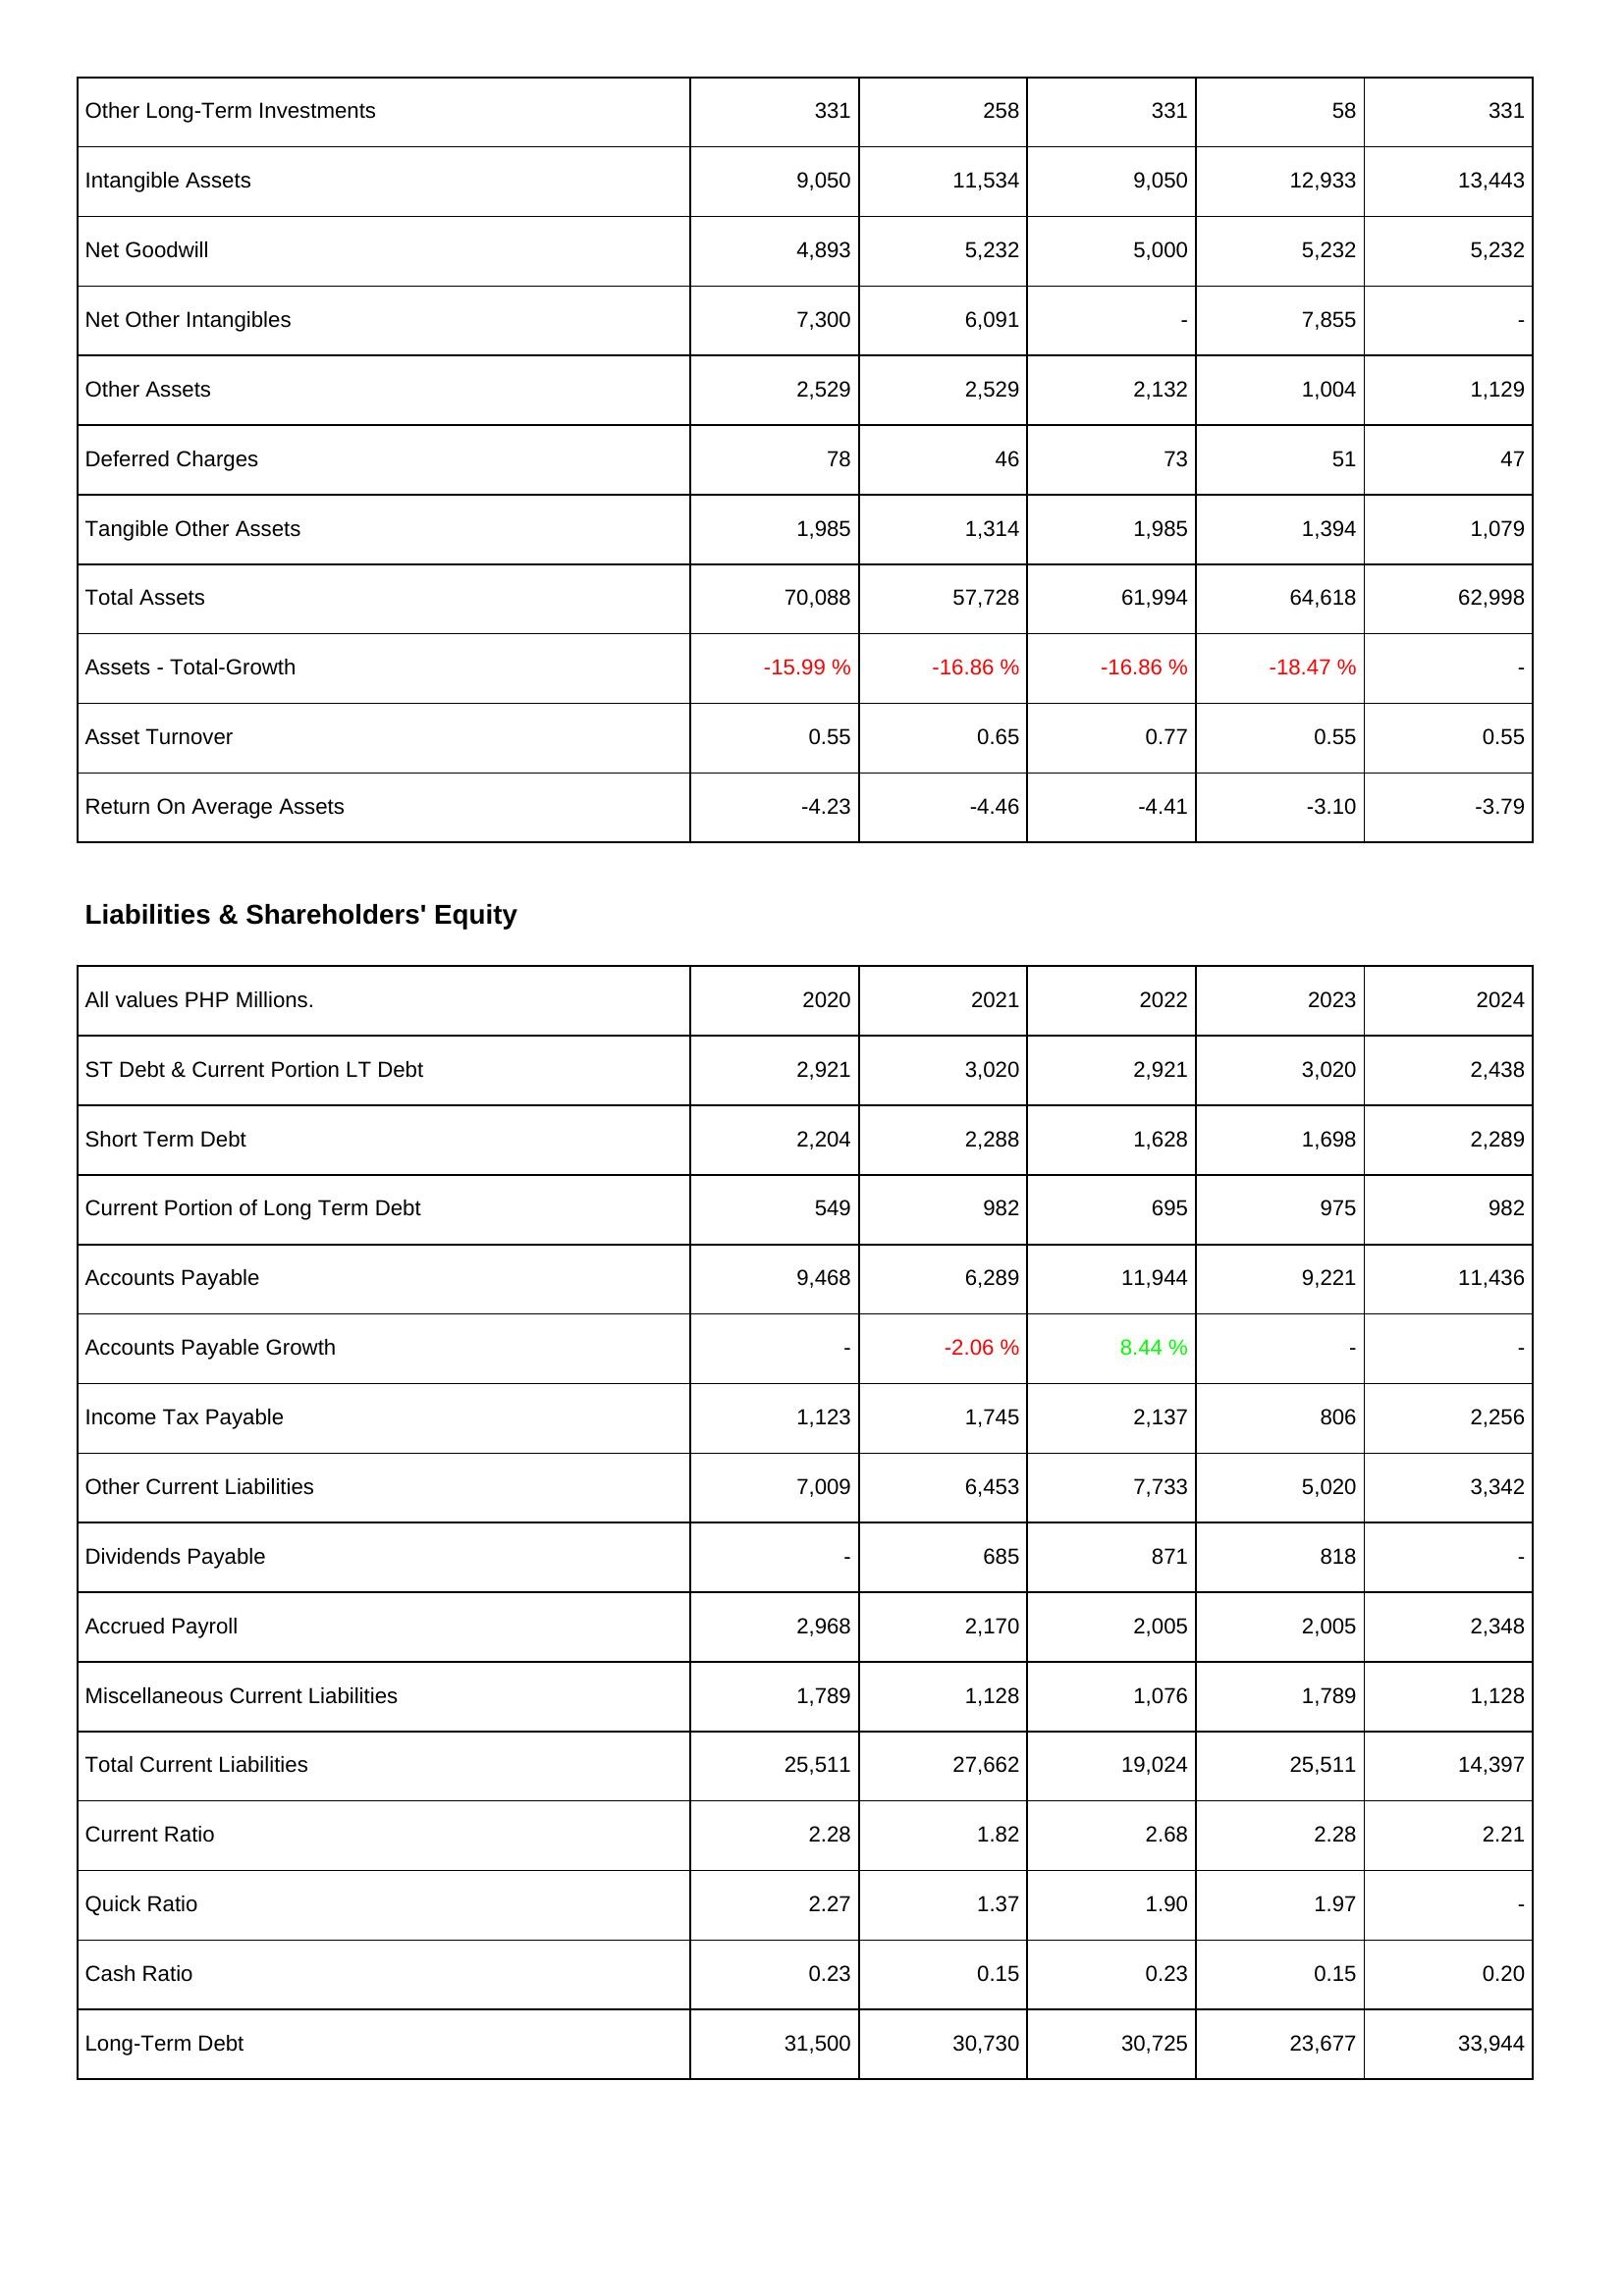
2020: Assets: Other Long-Term Investments: 331
Intangible Assets: 9,050
Net Goodwill: 4,893
Net Other Intangibles: 7,300
Other Assets: 2,529
Deferred Charges: 78
Tangible Other Assets: 1,985
Total Assets: 70,088
Assets - Total-Growth: -15.99 %
Asset Turnover: 0.55
Return On Average Assets: -4.23
Liabilities & Shareholders' Equity: ST Debt & Current Portion LT Debt: 2,921
Short Term Debt: 2,204
Current Portion of Long Term Debt: 549
Accounts Payable: 9,468
Accounts Payable Growth: -
Income Tax Payable: 1,123
Other Current Liabilities: 7,009
Dividends Payable: -
Accrued Payroll: 2,968
Miscellaneous Current Liabilities: 1,789
Total Current Liabilities: 25,511
Current Ratio: 2.28
Quick Ratio: 2.27
Cash Ratio: 0.23
Long-Term Debt: 31,500
2021: Assets: Other Long-Term Investments: 258
Intangible Assets: 11,534
Net Goodwill: 5,232
Net Other Intangibles: 6,091
Other Assets: 2,529
Deferred Charges: 46
Tangible Other Assets: 1,314
Total Assets: 57,728
Assets - Total-Growth: -16.86 %
Asset Turnover: 0.65
Return On Average Assets: -4.46
Liabilities & Shareholders' Equity: ST Debt & Current Portion LT Debt: 3,020
Short Term Debt: 2,288
Current Portion of Long Term Debt: 982
Accounts Payable: 6,289
Accounts Payable Growth: -2.06 %
Income Tax Payable: 1,745
Other Current Liabilities: 6,453
Dividends Payable: 685
Accrued Payroll: 2,170
Miscellaneous Current Liabilities: 1,128
Total Current Liabilities: 27,662
Current Ratio: 1.82
Quick Ratio: 1.37
Cash Ratio: 0.15
Long-Term Debt: 30,730
2022: Assets: Other Long-Term Investments: 331
Intangible Assets: 9,050
Net Goodwill: 5,000
Net Other Intangibles: -
Other Assets: 2,132
Deferred Charges: 73
Tangible Other Assets: 1,985
Total Assets: 61,994
Assets - Total-Growth: -16.86 %
Asset Turnover: 0.77
Return On Average Assets: -4.41
Liabilities & Shareholders' Equity: ST Debt & Current Portion LT Debt: 2,921
Short Term Debt: 1,628
Current Portion of Long Term Debt: 695
Accounts Payable: 11,944
Accounts Payable Growth: 8.44 %
Income Tax Payable: 2,137
Other Current Liabilities: 7,733
Dividends Payable: 871
Accrued Payroll: 2,005
Miscellaneous Current Liabilities: 1,076
Total Current Liabilities: 19,024
Current Ratio: 2.68
Quick Ratio: 1.90
Cash Ratio: 0.23
Long-Term Debt: 30,725
2023: Assets: Other Long-Term Investments: 58
Intangible Assets: 12,933
Net Goodwill: 5,232
Net Other Intangibles: 7,855
Other Assets: 1,004
Deferred Charges: 51
Tangible Other Assets: 1,394
Total Assets: 64,618
Assets - Total-Growth: -18.47 %
Asset Turnover: 0.55
Return On Average Assets: -3.10
Liabilities & Shareholders' Equity: ST Debt & Current Portion LT Debt: 3,020
Short Term Debt: 1,698
Current Portion of Long Term Debt: 975
Accounts Payable: 9,221
Accounts Payable Growth: -
Income Tax Payable: 806
Other Current Liabilities: 5,020
Dividends Payable: 818
Accrued Payroll: 2,005
Miscellaneous Current Liabilities: 1,789
Total Current Liabilities: 25,511
Current Ratio: 2.28
Quick Ratio: 1.97
Cash Ratio: 0.15
Long-Term Debt: 23,677
2024: Assets: Other Long-Term Investments: 331
Intangible Assets: 13,443
Net Goodwill: 5,232
Net Other Intangibles: -
Other Assets: 1,129
Deferred Charges: 47
Tangible Other Assets: 1,079
Total Assets: 62,998
Assets - Total-Growth: -
Asset Turnover: 0.55
Return On Average Assets: -3.79
Liabilities & Shareholders' Equity: ST Debt & Current Portion LT Debt: 2,438
Short Term Debt: 2,289
Current Portion of Long Term Debt: 982
Accounts Payable: 11,436
Accounts Payable Growth: -
Income Tax Payable: 2,256
Other Current Liabilities: 3,342
Dividends Payable: -
Accrued Payroll: 2,348
Miscellaneous Current Liabilities: 1,128
Total Current Liabilities: 14,397
Current Ratio: 2.21
Quick Ratio: -
Cash Ratio: 0.20
Long-Term Debt: 33,944